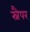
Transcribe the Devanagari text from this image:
स्नैपर